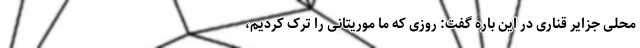
محلی جزایر قناری در این باره گفت: روزی که ما موریتانی را ترک کردیم،